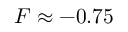
F \approx - 0 . 7 5